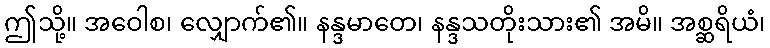
ဤသို့။ အဝေါစ၊ လျှောက်၏။ နန္ဒမာတေ၊ နန္ဒသတိုးသား၏ အမိ။ အစ္ဆရိယံ၊